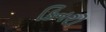
કિનરો